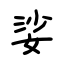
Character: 娑